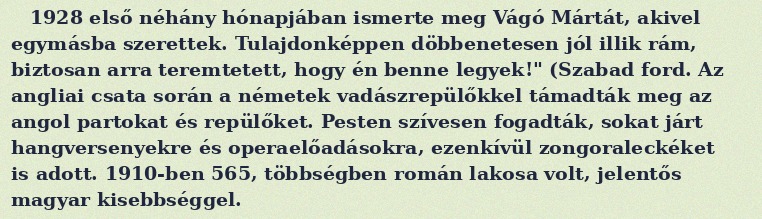
1928 első néhány hónapjában ismerte meg Vágó Mártát, akivel egymásba szerettek. Tulajdonképpen döbbenetesen jól illik rám, biztosan arra teremtetett, hogy én benne legyek!" (Szabad ford. Az angliai csata során a németek vadászrepülőkkel támadták meg az angol partokat és repülőket. Pesten szívesen fogadták, sokat járt hangversenyekre és operaelőadásokra, ezenkívül zongoraleckéket is adott. 1910-ben 565, többségben román lakosa volt, jelentős magyar kisebbséggel.